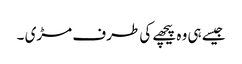
جیسے ہی وہ پیچھے کی طرف مڑی ۔